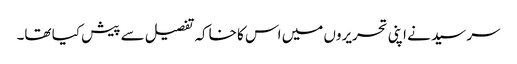
سر سید نے اپنی تحریروں میں اس کا خاکہ تفصیل سے پیش کیا تھا۔